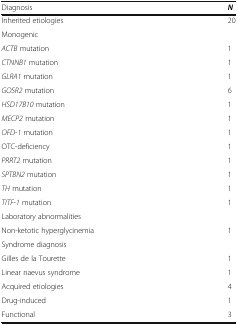
| Diagnosis | N |
 | --- | --- |
 | Inherited etiologies | 20 |
 | Monogenic |  |
 | ACTB mutation | 1 |
 | CTNNB1 mutation | 1 |
 | GLRA1 mutation | 1 |
 | GOSR2 mutation | 6 |
 | HSD17B10 mutation | 1 |
 | MECP2 mutation | 1 |
 | OFD-1 mutation | 1 |
 | OTC-deficiency | 1 |
 | PRRT2 mutation | 1 |
 | SPTBN2 mutation | 1 |
 | TH mutation | 1 |
 | TITF-1 mutation | 1 |
 | Laboratory abnormalities |  |
 | Non-ketotic hyperglycinemia | 1 |
 | <COLSPAN=2> Syndrome diagnosis |
 | Gilles de la Tourette | 1 |
 | Linear naevus syndrome | 1 |
 | Acquired etiologies | 4 |
 | Drug-induced | 1 |
 | Functional | 3 |